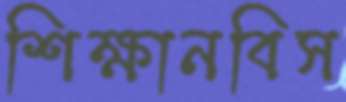
শিক্ষানবিস